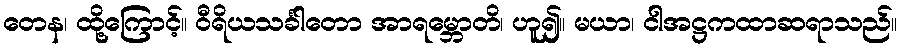
တေန၊ ထို့ကြောင့်။ ဝီရိယသင်္ခါတော အာရမ္ဘောတိ၊ ဟူ၍။ မယာ၊ ငါအဋ္ဌကထာဆရာသည်။